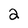
Character: 2